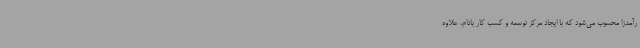
رآمدزا محسوب می‌شود که با ایجاد مرکز توسعه و کسب کار بادام، علاوه